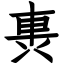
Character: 軣